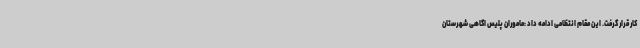
کار قرار گرفت. این مقام انتظامی ادامه داد :ماموران پلیس اگاهی شهرستان